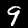
Digit: 9